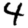
Digit: 4